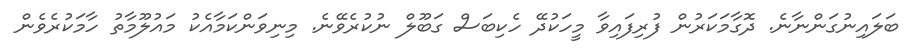
ބަލައިނުގަންނާނެ. ދޮގާމަކަރުން ފުރިފައިވާ މީހަކުދޭ ހެކިބަސް ގަބޫލް ނުކުރެވޭނެ. މިނިވަންކަމާއެކު މައުލޫމާތު ހާމަކުރެވެން